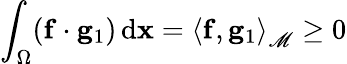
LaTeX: \int_{\Omega}(\mathbf{f}\cdot\mathbf{g}_{1})\, \mathrm{d}\mathbf{x}=\left<\mathbf{f},\mathbf{g}_{1}\right>_{\mathscr{M}}\geq 0